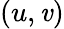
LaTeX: \left(u,\mathit{v}\right)